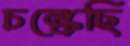
চল্‌কেছি